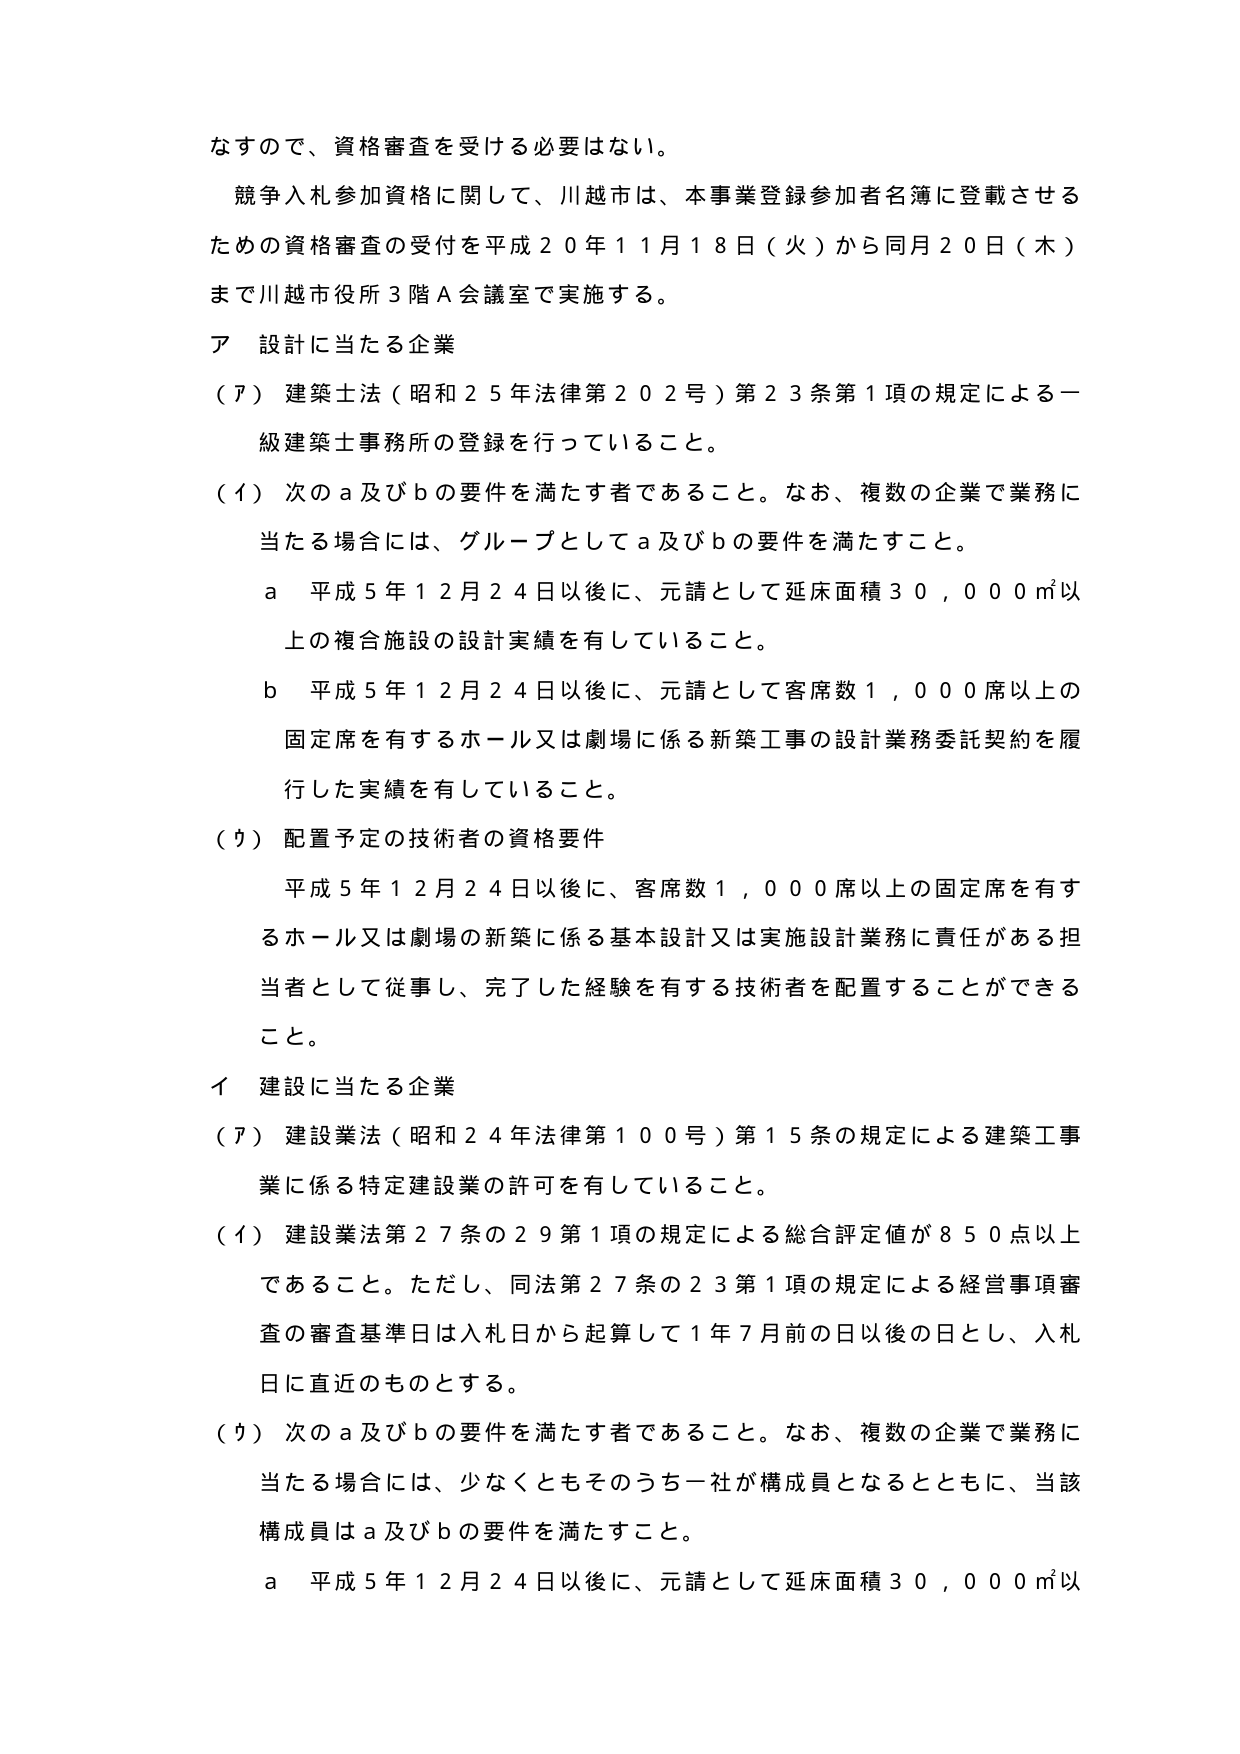
なすので、資格審査を受ける必要はない。

競争入札参加資格に関して、川越市は、本事業登録参加者名簿に登載させる
ための資格審査の受付を平成２０年１１月１８日（火）から同月２０日（木）
まで川越市役所３階Ａ会議室で実施する。

ア 設計に当たる企業

（ア）建築士法（昭和２５年法律第２０２号）第２３条第１項の規定による一
級建築士事務所の登録を行っていること。

（イ）次のａ及びｂの要件を満たす者であること。なお、複数の企業で業務に
当たる場合には、グループとしてａ及びｂの要件を満たすこと。

　ａ 平成５年１２月２４日以後に、元請として延床面積３０，０００㎡以
　上の複合施設の設計実績を有していること。

　ｂ 平成５年１２月２４日以後に、元請として客席数１，０００席以上の
　固定席を有するホール又は劇場に係る新築工事の設計業務委託契約を履
　行した実績を有していること。

（ウ）配置予定の技術者の資格要件

　平成５年１２月２４日以後に、客席数１，０００席以上の固定席を有す
　るホール又は劇場の新築に係る基本設計又は実施設計業務に責任がある担
　当者として従事し、完了した経験を有する技術者を配置することができる
　こと。

イ 建設に当たる企業

（ア）建設業法（昭和２４年法律第１００号）第１５条の規定による建築工事
　業に係る特定建設業の許可を有していること。

（イ）建設業法第２７条の２９第１項の規定による総合評定値が８５０点以上
　であること。ただし、同法第２７条の２３第１項の規定による経営事項審
　査の審査基準日は入札日から起算して１年７月前の日以後の日とし、入札
　日に直近のものとする。

（ウ）次のａ及びｂの要件を満たす者であること。なお、複数の企業で業務に
　当たる場合には、少なくともそのうち一社が構成員となるとともに、当該
　構成員はａ及びｂの要件を満たすこと。

　ａ 平成５年１２月２４日以後に、元請として延床面積３０，０００㎡以